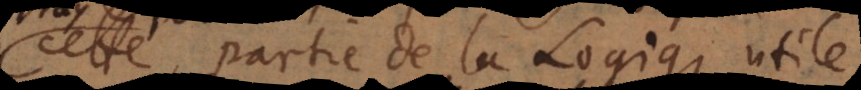
cette partie de la Logique util